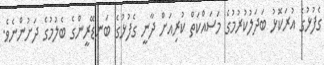
ގެފުޅުގެ އުރަކޮޅު ބަދަލުކުރުމުގެ މަސައްކަތް ކުރިއަށް ދާނީ ގެފުޅުގެ ބަނޑޭރީންގެ ބެލުމުގެ ދަށުންނެވެ.